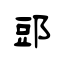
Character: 郖